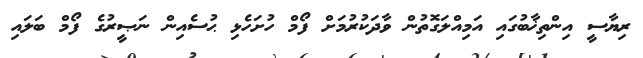
ރިޔާސީ އިންތިޚާބުގައި އަމިއްލަގޮތުން ވާދަކުރުމަށް ފޯމް ހުށަހެޅި ޙުސެއިން ނަޞީރުގެ ފޯމް ބަލައި